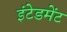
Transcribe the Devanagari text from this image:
इंटेडमेंट